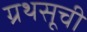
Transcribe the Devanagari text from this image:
ग्रथसूची